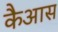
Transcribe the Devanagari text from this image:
कैआस